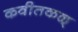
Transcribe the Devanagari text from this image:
कवीतकळ्